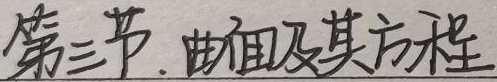
第三节. 曲面及其方程